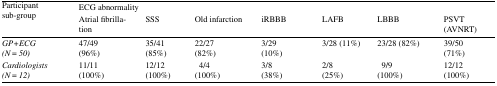
<table><thead><tr><td rowspan="2"><b>Participant sub-group</b></td><td colspan="7"><b>ECG abnormality</b></td></tr><tr><td><b>Atrial fibrillation</b></td><td><b>SSS</b></td><td><b>Old infarction</b></td><td><b>iRBBB</b></td><td><b>LAFB</b></td><td><b>LBBB</b></td><td><b>PSVT (AVNRT)</b></td></tr></thead><tbody><tr><td><i>GP+ECG</i><i>(N</i> <i>=</i> <i>50)</i></td><td>47/49(96%)</td><td>35/41 (85%)</td><td>22/27(82%)</td><td>3/29(10%)</td><td>3/28 (11%)</td><td>23/28 (82%)</td><td>39/50(71%)</td></tr><tr><td><i>Cardiologists</i><i>(N</i> <i>=</i> <i>12)</i></td><td>11/11(100%)</td><td>12/12(100%)</td><td> 4/4(100%)</td><td>3/8(38%)</td><td>2/8(25%)</td><td> 9/9(100%)</td><td>12/12(100%)</td></tr></tbody></table>